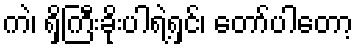
ကဲ၊ ရှိကြီးခိုးပါရဲ့ရှင်၊ တော်ပါတော့